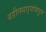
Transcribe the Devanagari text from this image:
वडीलधाऱ्यांकडून